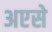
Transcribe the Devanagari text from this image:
अएसे